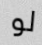
لو